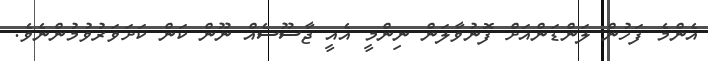
އެންމެ ފަހުން ލަންޑަންއަށް ފޮނުވާލަން ނިންމީ އެއީ ޖާސޫސެއް ނޫން ކަން ކަށަވަރުވުމުންނެވެ.